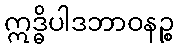
ဣဒ္ဓိပါဒဘာဝနဉ္စ